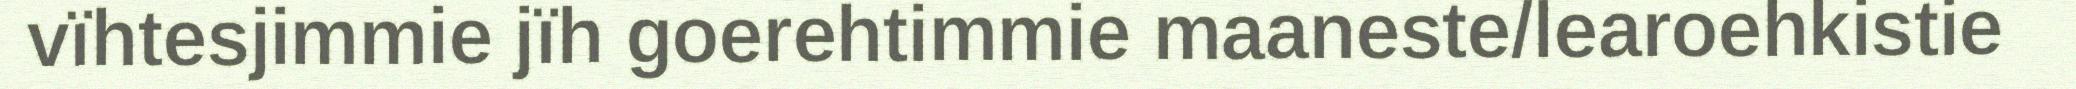
vïhtesjimmie jïh goerehtimmie maaneste/learoehkistie